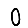
Digit: 0